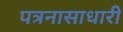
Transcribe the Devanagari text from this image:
पत्रनासाधारी